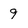
Character: 9